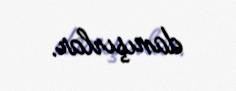
danışırlar.